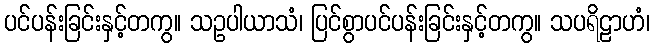
ပင်ပန်းခြင်းနှင့်တကွ။ သဥပါယာသံ၊ ပြင်စွာပင်ပန်းခြင်းနှင့်တကွ။ သပရိဠာဟံ၊